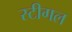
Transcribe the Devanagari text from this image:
स्टीगल